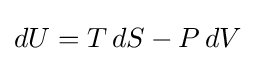
dU=T\,dS-P\,dV